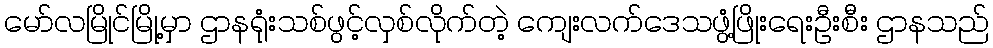
မော်လမြိုင်မြို့မှာ ဌာနရုံးသစ်ဖွင့်လှစ်လိုက်တဲ့ ကျေးလက်ဒေသဖွံ့ဖြိုးရေးဦးစီး ဌာနသည်